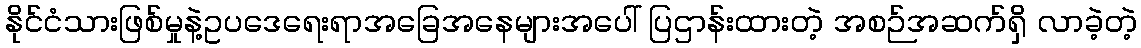
နိုင်ငံသားဖြစ်မှုနဲ့ဥပဒေရေးရာအခြေအနေများအပေါ် ပြဌာန်းထားတဲ့ အစဉ်အဆက်ရှိ လာခဲ့တဲ့